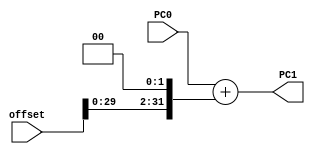
`timescale 1ns / 1ps
//////////////////////////////////////////////////////////////////////////////////
// Company: 
// Engineer: 
// 
// Design Name: 
// Module Name:    PCBranchJumper 
// Project Name: 
// Target Devices: 
// Tool versions: 
// Description: 
//
// Dependencies: 
//
// Revision: 
// Revision 0.01 - File Created
// Additional Comments: 
//
//////////////////////////////////////////////////////////////////////////////////
module PCBranchJumper(
    input [31:0] PC0,
    input [31:0] offset,
    output reg [31:0] PC1
    );

    always @(PC0 or offset) begin
	     PC1 = PC0 + (offset << 2);
	 end

endmodule